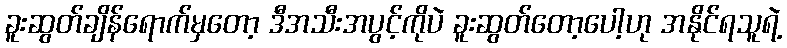
ခူးဆွတ်ချိန်ရောက်မှတော့ ဒီအသီးအပွင့်ကိုပဲ ခူးဆွတ်တော့ပေါ့ဟု အနိုင်ရသူရဲ့